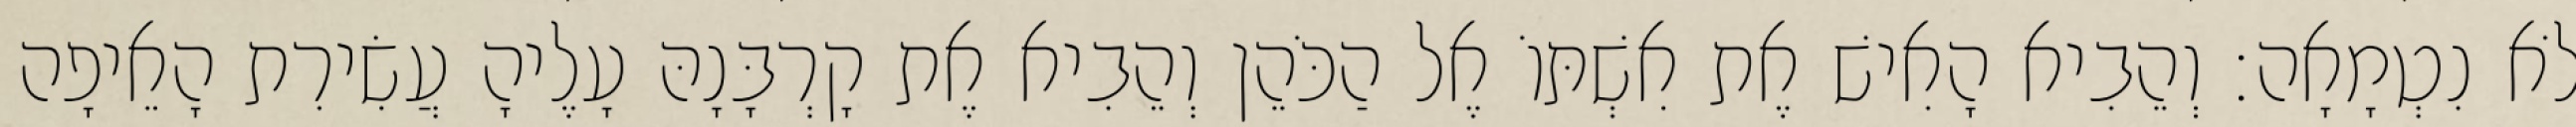
לֹא נִטְמָאָה׃ וְהֵבִיא הָאִישׁ אֶת אִשְׁתּוֹ אֶל הַכֹּהֵן וְהֵבִיא אֶת קָרְבָּנָהּ עָלֶיהָ עֲשִׂירִת הָאֵיפָה